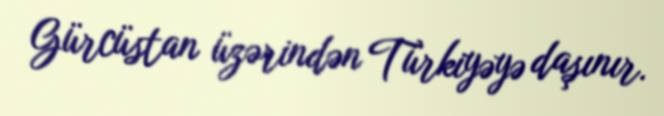
Gürcüstan üzərindən Türkiyəyə daşınır.